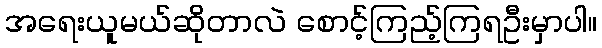
အရေးယူမယ်ဆိုတာလဲ စောင့်ကြည့်ကြရဦးမှာပါ။